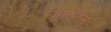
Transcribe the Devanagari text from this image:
जळतन